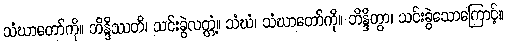
သံဃာတော်ကို။ ဘိန္ဒိဿတိ၊ သင်းခွဲလတ္တံ့။ သံဃံ၊ သံဃာတော်ကို။ ဘိန္ဒိတွာ၊ သင်းခွဲသောကြောင့်။